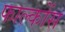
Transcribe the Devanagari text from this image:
फाल्कोंस